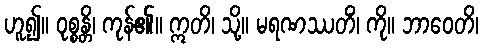
ဟူ၍။ ဝုစ္စန္တိ၊ ကုန်၏။ ဣတိ၊ သို့။ မရဏဿတိံ၊ ကို။ ဘာဝေတိ၊